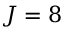
J = 8